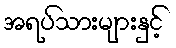
အရပ်သားများနှင့်